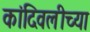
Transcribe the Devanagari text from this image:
कांदिवलीच्या